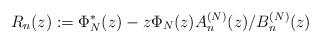
LaTeX: \begin{align*}R_n(z):=\Phi_N^*(z)-z\Phi_N(z)A_n^{(N)}(z)/B_n^{(N)}(z)\end{align*}